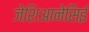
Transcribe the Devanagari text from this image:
जेशिआनेसिई